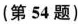
(第54题)